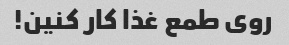
روی طمع غذا کار کنین!